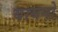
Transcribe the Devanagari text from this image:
बायनो